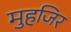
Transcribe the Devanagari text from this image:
मुहजिर